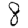
Digit: 8